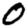
Digit: 0